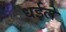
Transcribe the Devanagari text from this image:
धईले